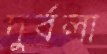
দুর্বলা